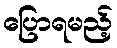
ပြောရမည့်